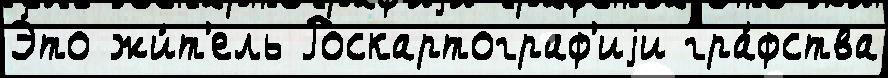
Э́то жи́т'ель Роскартограф'иjи гра́фства